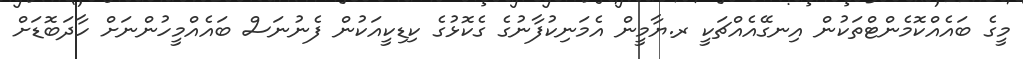
މީގެ ބައެއްކޮމެންޓްތަކުން އިނގޭއެއްޗަކީ ރ.ޔާމީން އެމަނިކުފާނުގެ ގެކޮޅުގެ ކިޑިކީއަކުން ފެނުނަސް ބައެއްމީހުންނަށް ހާދަބޮޑަށް